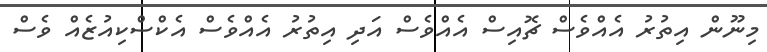
މިނޫން އިތުރު އެއްވެސް ޗޮއިސް އެއްވެސް އަދި އިތުރު އެއްވެސް އެކްސްކިއުޒެއް ވެސް